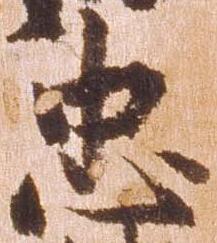
忠